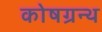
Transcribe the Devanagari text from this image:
कोषग्रन्थ